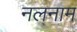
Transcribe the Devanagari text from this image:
नलनाम